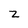
Character: z